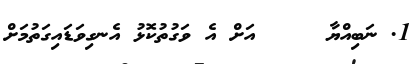
1. ނަބިއްޔާ     އަށް އެ ވަގުތުކޮޅު އެނގިވަޑައިގަތުމަށް